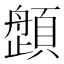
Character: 𱂛